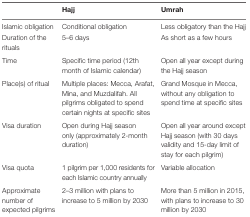
<table><thead><tr><td></td><td><b>Hajj</b></td><td><b>Umrah</b></td></tr></thead><tbody><tr><td>Islamic obligation</td><td>Conditional obligation</td><td>Less obligatory than the Hajj</td></tr><tr><td>Duration of the rituals</td><td>5–6 days</td><td>As short as a few hours</td></tr><tr><td>Time</td><td>Specific time period (12th month of Islamic calendar)</td><td>Open all year except during the Hajj season</td></tr><tr><td>Place(s) of ritual</td><td>Multiple places: Mecca, Arafat, Mina, and Muzdalifah. All pilgrims obligated to spend certain nights at specific sites</td><td>Grand Mosque in Mecca, without any obligation to spend time at specific sites</td></tr><tr><td>Visa duration</td><td>Open during Hajj season only (approximately 2-month duration)</td><td>Open all year around except Hajj season (with 30 days validity and 15-day limit of stay for each pilgrim)</td></tr><tr><td>Visa quota</td><td>1 pilgrim per 1,000 residents for each Islamic country annually</td><td>Variable allocation</td></tr><tr><td>Approximate number of expected pilgrims</td><td>2–3 million with plans to increase to 5 million by 2030</td><td>More than 5 million in 2015, with plans to increase to 30 million by 2030</td></tr></tbody></table>